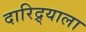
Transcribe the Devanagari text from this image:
दारिद्र्याला